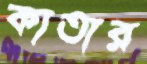
কাতার